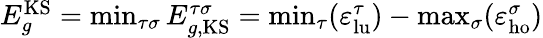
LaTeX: \begin{array}{r}{E_{g}^{\mathrm{KS}}=\operatorname*{min}_{\tau\sigma}E_{g,\mathrm{KS}}^{\tau\sigma}=\operatorname*{min}_{\tau}(\varepsilon_{\mathrm{lu}}^{\tau})-\operatorname*{max}_{\sigma}(\varepsilon_{\mathrm{ho}}^{\sigma})}\end{array}